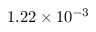
1 . 2 2 \times 1 0 ^ { - 3 }